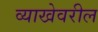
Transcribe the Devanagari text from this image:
व्याखेवरील